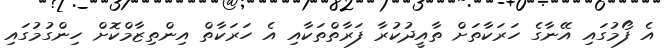
އެ ފޯމުގައި އޭނާގެ ހަރަކާތަށް ތާއީދުކުރާ ފަރާތްތަކާއި އެ ހަރަކާތް އިންތިޒާމްކޮށް ހިންގުމުގައި